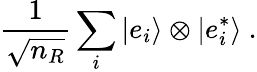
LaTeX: {\frac{1}{\sqrt{n_{R}}}}\sum_{i}|e_{i}\rangle\otimes|e_{i}^{*}\rangle~.